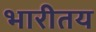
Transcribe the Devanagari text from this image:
भारीतय